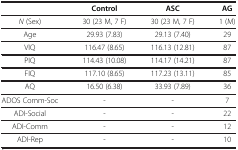
<table><thead><tr><td><b> </b></td><td><b>Control</b></td><td><b>ASC</b></td><td><b>AG</b></td></tr></thead><tbody><tr><td><i>N</i> (Sex)</td><td>30 (23 M, 7 F)</td><td>30 (23 M, 7 F)</td><td>1 (M)</td></tr><tr><td>Age</td><td>29.93 (7.83)</td><td>29.13 (7.40)</td><td>29</td></tr><tr><td>VIQ</td><td>116.47 (8.65)</td><td>116.13 (12.81)</td><td>87</td></tr><tr><td>PIQ</td><td>114.43 (10.08)</td><td>114.17 (14.21)</td><td>87</td></tr><tr><td>FIQ</td><td>117.10 (8.65)</td><td>117.23 (13.11)</td><td>85</td></tr><tr><td>AQ</td><td>16.50 (6.38)</td><td>33.93 (7.89)</td><td>36</td></tr><tr><td>ADOS Comm-Soc</td><td>-</td><td>-</td><td>7</td></tr><tr><td>ADI-Social</td><td>-</td><td>-</td><td>22</td></tr><tr><td>ADI-Comm</td><td>-</td><td>-</td><td>12</td></tr><tr><td>ADI-Rep</td><td>-</td><td>-</td><td>10</td></tr></tbody></table>